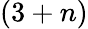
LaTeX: (3+n)